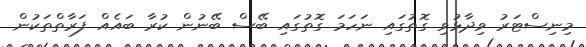
މިނިސްޓަރު ވިދާޅުވި ގޮތުގައި ނަހަމަ ގޮތުގައި ބޭސް ބޭނުން ކުރާ ބައެއް ފަރާތްތަކުން